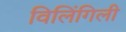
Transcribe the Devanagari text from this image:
विलिंगिली